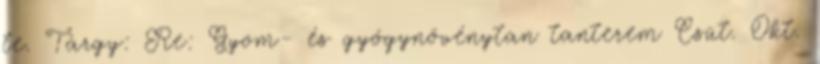
te. Tárgy: Re: Gyom- és gyógynövénytan tanterem Csüt. Okt.